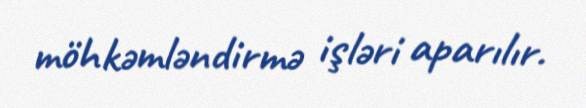
möhkəmləndirmə işləri aparılır.